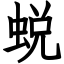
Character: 蜕